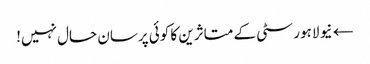
← نیو لاہور سٹی کے متاثرین کا کوئی پرسان حال نہیں!